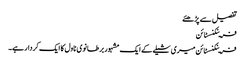
تفصیل سے پڑھئے
فرینکنسٹائن
فرینکنسٹائن میری شیلے کے ایک مشہور برطانوی ناول کا ایک کردار ہے۔